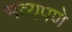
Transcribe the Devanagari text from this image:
भव्यपणे